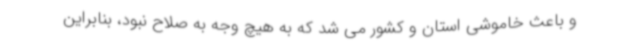
و باعث خاموشی استان و کشور می شد که به هیچ وجه به صلاح نبود، بنابراین